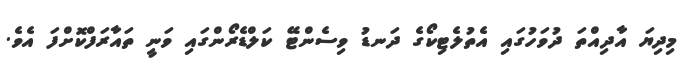
މިދިޔަ އާދިއްތަ ދުވަހުގައި އެތުލެޓިކޯގެ ދަނޑު ވިސެންޓޭ ކަލްޑެރޯންގައި ވަނީ ތައާރަފްކޮށްފަ އެވެ.